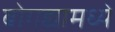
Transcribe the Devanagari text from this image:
बोगद्यामध्ये